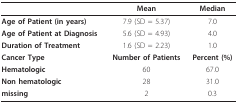
|  | Mean | Median |
 | --- | --- | --- |
 | Age of Patient (in years) | 7.9 (SD = 5.37) | 7.0 |
 | Age of Patient at Diagnosis | 5.6 (SD = 4.93) | 4.0 |
 | Duration of Treatment | 1.6 (SD = 2.23) | 1.0 |
 | Cancer Type | Number of Patients | Percent (%) |
 | Hematologic | 60 | 67.0 |
 | Non hematologic | 28 | 31.0 |
 | missing | 2 | 0.3 |